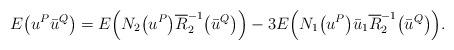
LaTeX: \begin{gather*}E\big(u^P\bar{u}^Q\big)=E\Big(N_2\big(u^P\big) \overline{R}_2^{-1}\big(\bar{u}^Q\big)\Big)-3E\Big(N_1\big(u^P\big)\bar{u}_1\overline{R}_2^{-1}\big(\bar{u}^Q\big)\Big).\end{gather*}